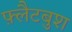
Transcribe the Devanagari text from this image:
फ़्लैटबुश